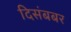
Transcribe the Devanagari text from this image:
दिसंबबर